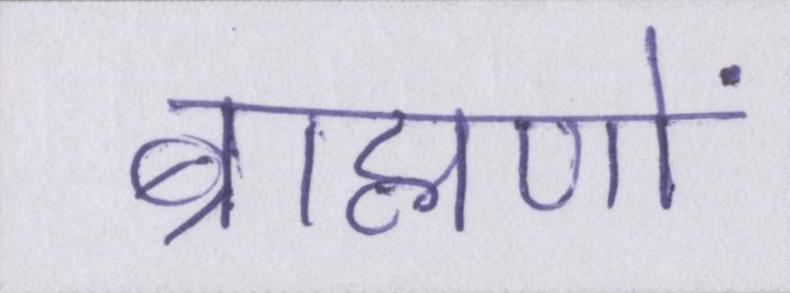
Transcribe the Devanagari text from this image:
ब्राह्मणों